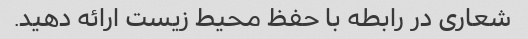
شعاری در رابطه با حفظ محیط زیست ارائه دهید.